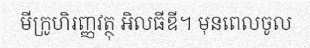
មីក្រូហិរញ្ញវត្ថុ អិលធីឌី។ មុនពេលចូល